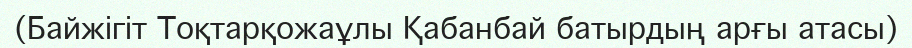
(Байжігіт Тоқтарқожаұлы Қабанбай батырдың арғы атасы)